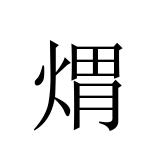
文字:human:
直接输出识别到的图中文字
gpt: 煟